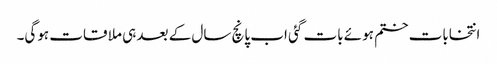
انتخابات ختم ہوئے بات گئی اب پانچ سال کے بعد ہی ملا قات ہوگی۔